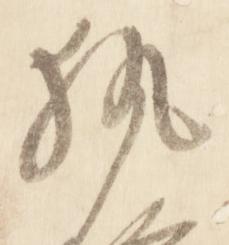
執